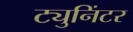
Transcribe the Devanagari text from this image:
ट्युनिंटर